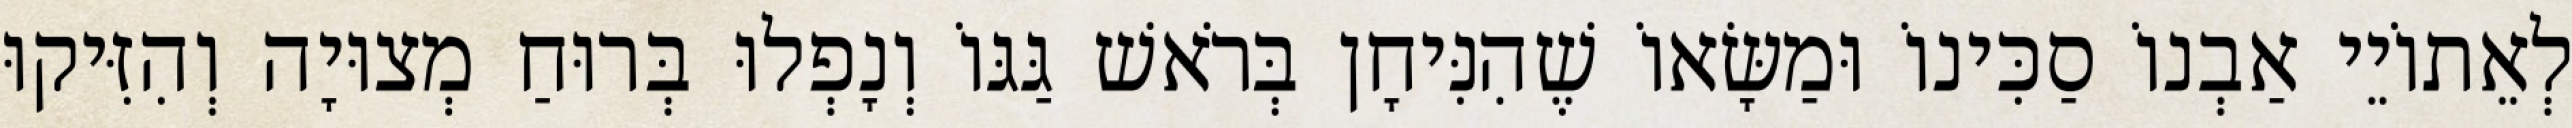
לְאֵתוֹיֵי אַבְנוֹ סַכִּינוֹ וּמַשָּׂאוֹ שֶׁהִנִּיחָן בְּרֹאשׁ גַּגּוֹ וְנָפְלוּ בְּרוּחַ מְצוּיָה וְהִזִּיקוּ